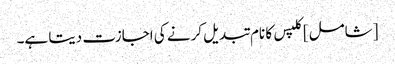
[شامل] کلپس کا نام تبدیل کرنے کی اجازت دیتا ہے۔